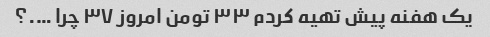
یک هفنه پیش تهیه کردم ۳۳ تومن امروز ۳۷ چرا ….؟